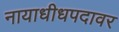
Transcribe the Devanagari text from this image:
नायाधीधपदावर